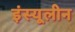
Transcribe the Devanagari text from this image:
इंस्यूलीन